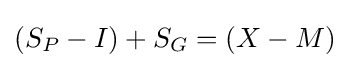
(S_{P}-I)+S_{G}=(X-M)